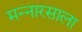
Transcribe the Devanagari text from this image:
मन्नारसाला